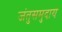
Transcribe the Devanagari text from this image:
जंतुसमुदाय